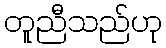
တူညီသည်ဟု